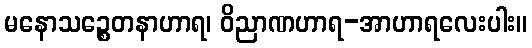
မနောသဉ္စေတနာဟာရ၊ ဝိညာဏဟာရ-အာဟာရလေးပါး။